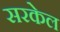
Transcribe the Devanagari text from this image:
सरकेल